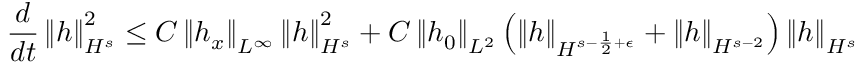
\frac { d } { d t } \left\| h \right\| _ { H ^ { s } } ^ { 2 } \leq C \left\| h _ { x } \right\| _ { L ^ { \infty } } \left\| h \right\| _ { H ^ { s } } ^ { 2 } + C \left\| h _ { 0 } \right\| _ { L ^ { 2 } } \left( \left\| h \right\| _ { H ^ { s - \frac { 1 } { 2 } + \epsilon } } + \left\| h \right\| _ { H ^ { s - 2 } } \right) \left\| h \right\| _ { H ^ { s } }